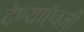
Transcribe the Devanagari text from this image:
देण्याऍवजी